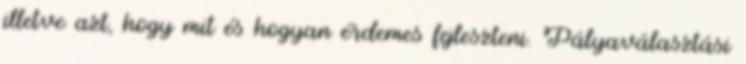
illetve azt, hogy mit és hogyan érdemes fejleszteni. Pályaválasztási